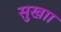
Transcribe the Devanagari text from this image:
सुखाा